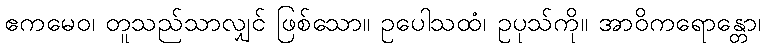
ဧကမေဝ၊ တူသည်သာလျှင် ဖြစ်သော။ ဥပေါသထံ၊ ဥပုသ်ကို။ အာဝိကရောန္တော၊